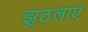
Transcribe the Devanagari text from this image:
झुठलाएं